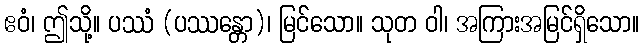
ဧဝံ၊ ဤသို့။ ပဿံ (ပဿန္တော)၊ မြင်သော။ သုတ ဝါ၊ အကြားအမြင်ရှိသော။